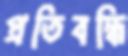
প্রতিবন্ধি